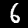
Digit: 6